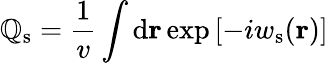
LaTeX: \mathbb{Q}_{\mathrm{{s}}}=\frac{{1}}{{v}}\int\mathrm{{d}}\mathbf{{r}}\exp\left[-iw_{\mathrm{{s}}}(\mathbf{{r}})\right]